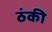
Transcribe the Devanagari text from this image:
ठंकी